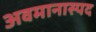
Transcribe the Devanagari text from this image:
अवमानास्पद